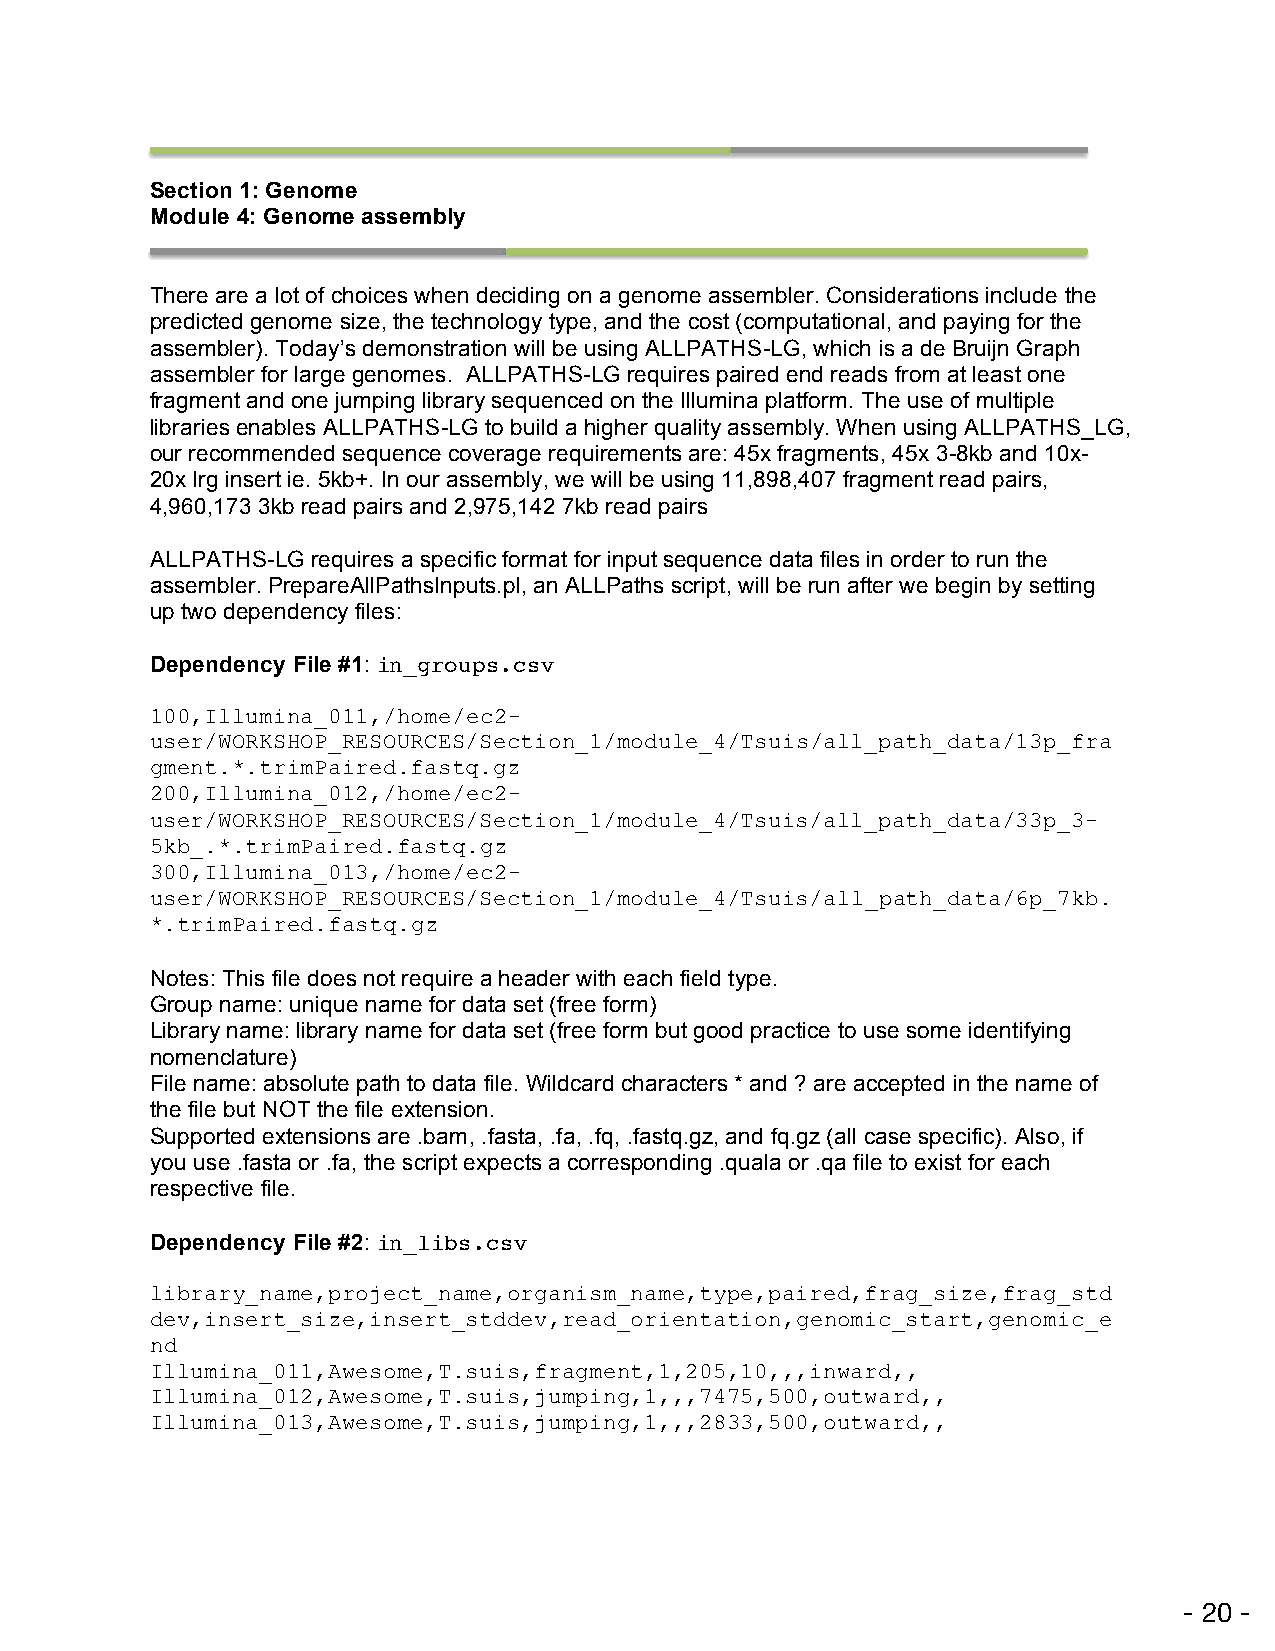
Section 1: Genome
 Module 4: Genome assembly
 There are a lot of choices when deciding on a genome assembler. Considerations include the
 predicted genome size, the technology type, and the cost (computational, and paying for the
 assembler). Today’s demonstration will be using ALLPATHS-LG, which is a de Bruijn Graph
 assembler for large genomes. ALLPATHS-LG requires paired end reads from at least one
 fragment and one jumping library sequenced on the Illumina platform. The use of multiple
 libraries enables ALLPATHS-LG to build a higher quality assembly. When using ALLPATHS_LG,
 our recommended sequence coverage requirements are: 45x fragments, 45x 3-8kb and 10x-
 20x lrg insert ie. 5kb+. In our assembly, we will be using 11,898,407 fragment read pairs,
 4,960,173 3kb read pairs and 2,975,142 7kb read pairs
 ALLPATHS-LG requires a specific format for input sequence data files in order to run the
 assembler. PrepareAllPathsInputs.pl, an ALLPaths script, will be run after we begin by setting
 up two dependency files:
 Dependency File #1: in_groups.csv
 100,Illumina_011,/home/ec2-
 user/WORKSHOP_RESOURCES/Section_1/module_4/Tsuis/all_path_data/13p_fra
 gment.*.trimPaired.fastq.gz
 200,Illumina_012,/home/ec2-
 user/WORKSHOP_RESOURCES/Section_1/module_4/Tsuis/all_path_data/33p_3-
 5kb_.*.trimPaired.fastq.gz
 300,Illumina_013,/home/ec2-
 user/WORKSHOP_RESOURCES/Section_1/module_4/Tsuis/all_path_data/6p_7kb.
 *.trimPaired.fastq.gz
 Notes: This file does not require a header with each field type.
 Group name: unique name for data set (free form)
 Library name: library name for data set (free form but good practice to use some identifying
 nomenclature)
 File name: absolute path to data file. Wildcard characters * and ? are accepted in the name of
 the file but NOT the file extension.
 Supported extensions are .bam, .fasta, .fa, .fq, .fastq.gz, and fq.gz (all case specific). Also, if
 you use .fasta or .fa, the script expects a corresponding .quala or .qa file to exist for each
 respective file.
 Dependency File #2: in_libs.csv
 library_name,project_name,organism_name,type,paired,frag_size,frag_std
 dev,insert_size,insert_stddev,read_orientation,genomic_start,genomic_e
 nd
 Illumina_011,Awesome,T.suis,fragment,1,205,10,,,inward,,
 Illumina_012,Awesome,T.suis,jumping,1,,,7475,500,outward,,
 Illumina_013,Awesome,T.suis,jumping,1,,,2833,500,outward,,